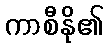
ကာစီနို၏